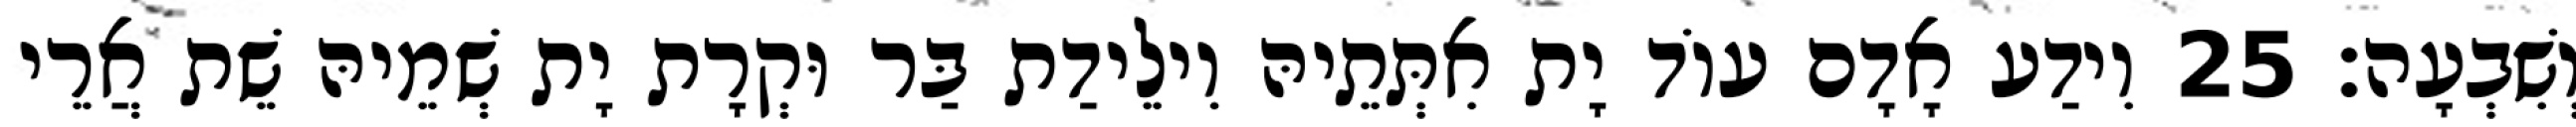
וְשִׁבְעָה׃ 25 וִידַע אָדָם עוֹד יָת אִתְּתֵיהּ וִילֵידַת בַּר וּקְרָת יָת שְׁמֵיהּ שֵׁת אֲרֵי